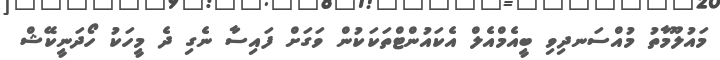
މައުލޫމާތު މުއްސަނދިވި ބީއެމްއެލް އެކައުންޓްތަކަކުން ވަގަށް ފައިސާ ނެގި ދެ މީހަކު ހޯދަނީކޭޝް